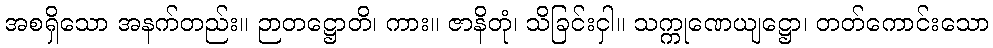
အစရှိသော အနက်တည်း။ ဉာတဋ္ဌောတိ၊ ကား။ ဇာနိတုံ၊ သိခြင်းငှါ။ သက္ကုဏေယျဋ္ဌော၊ တတ်ကောင်းသော